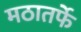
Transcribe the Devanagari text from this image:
मठातर्फे